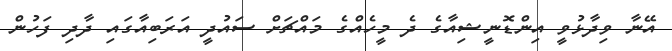
އޭނާ ވިދާޅުވީ އިންޑޮނީޝިއާގެ ދެ މީހެއްގެ މައްޗަށް ސައުދީ އަރަބިއާގައި ދާދި ފަހުން